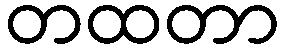
တထတာ